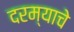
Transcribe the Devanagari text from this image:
दरम्याचे